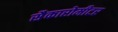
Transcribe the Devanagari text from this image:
सैकारोमीटर